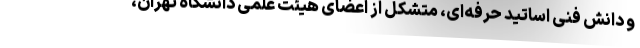
و دانش فنی اساتید حرفه‌ای، متشکل از اعضای هیئت علمی دانشگاه تهران،